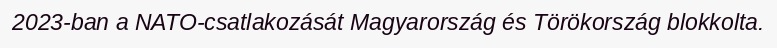
2023-ban a NATO-csatlakozását Magyarország és Törökország blokkolta.